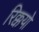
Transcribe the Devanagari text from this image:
रिक्कयो